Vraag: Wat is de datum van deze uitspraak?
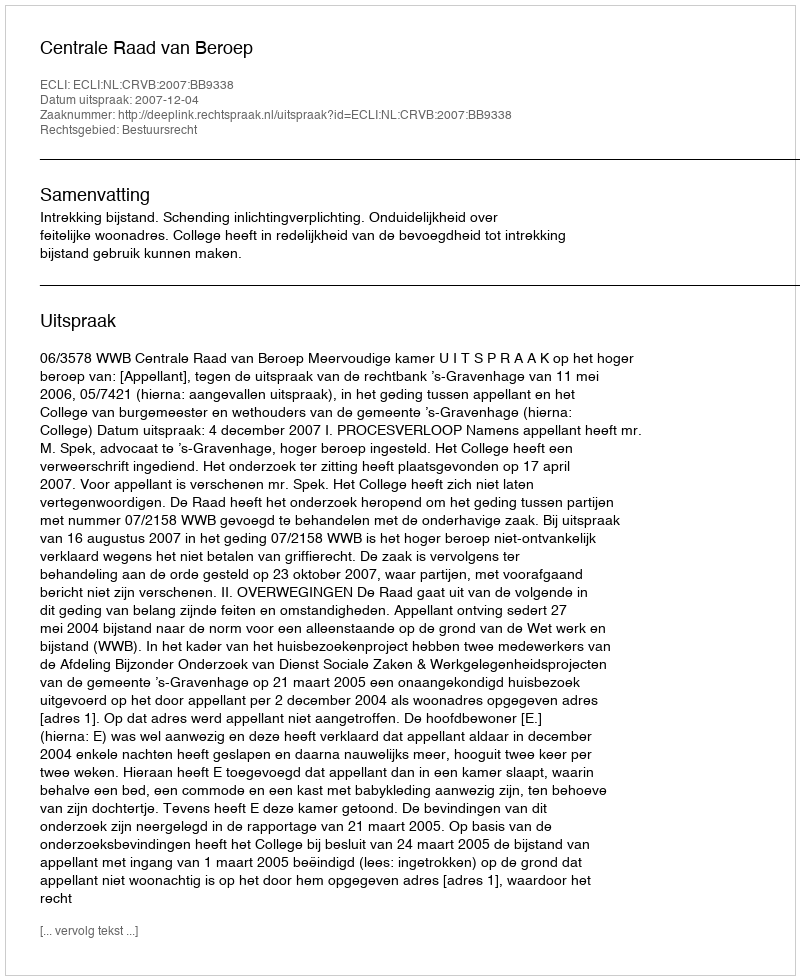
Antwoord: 2007-12-04